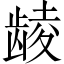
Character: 𲎩